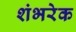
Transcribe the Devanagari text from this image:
शंभरेक